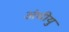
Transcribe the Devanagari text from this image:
अंधीयु